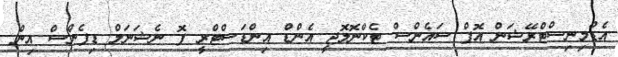
އެޑްމިނިސްޓްރޭޝަން އޮފް ސައެންސް ޓެކްނޮލޮޖީ އެންޑް އިންޑަސްޓްރީ ފޮ ނެޝަނަލް ޑިފެންސް އިން